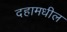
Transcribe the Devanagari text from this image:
दहामधील